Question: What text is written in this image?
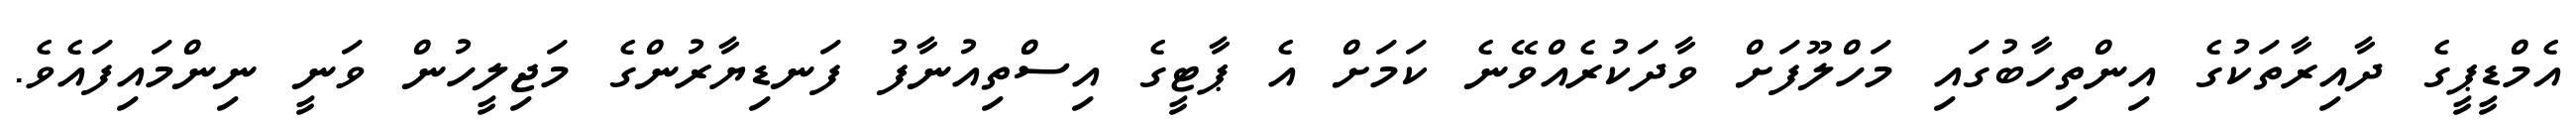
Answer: އެމްޑީޕީގެ ދާއިރާތަކުގެ އިންތިހާބުގައި މަހްލޫފަށް ވާދަކުރެއްވޭނެ ކަމަށް އެ ޕާޓީގެ އިސްތިއުނާފު ފަނޑިޔާރުންގެ މަޖިލީހުން ވަނީ ނިންމައިފައެވެ.